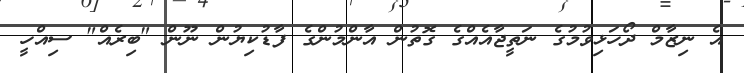
އެ ނިޒާމް ދޯހަޅިވުމުގެ ނަތީޖާއެއްގެ ގޮތުން އާންމުންގެ ފާޑުކިޔުން ނޫން "ބިރެއް" ސިއްހީ